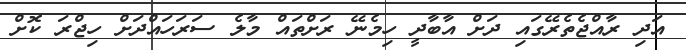
އަދި ރާއްޖެތެރޭގައި ދަށް އާބާދީ ހިމެނޭ ރަށްތައް މާލެ ސަރަހައްދަށް ހިޖްރަ ކޮށް